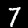
Digit: 7